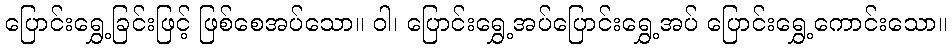
ပြောင်းရွှေ့ခြင်းဖြင့် ဖြစ်စေအပ်သော။ ဝါ၊ ပြောင်းရွှေ့အပ်ပြောင်းရွှေ့အပ် ပြောင်းရွှေ့ကောင်းသော။